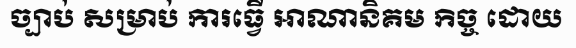
ច្បាប់ សម្រាប់ ការធ្វើ អាណានិគម កិច្ច ដោយ